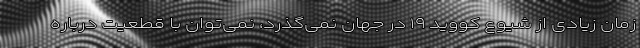
زمان زیادی از شیوع کووید ۱۹ در جهان نمی‌گذرد، نمی‌توان با قطعیت درباره